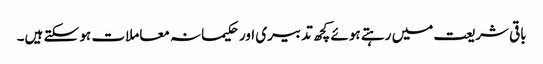
باقی شریعت میں رہتے ہوئے کچھ تدبیری اور حکیمانہ معاملات ہو سکتے ہیں۔